Annual administration report of the Civil Veterinary Department of India - 1895-1896
Year: 1895
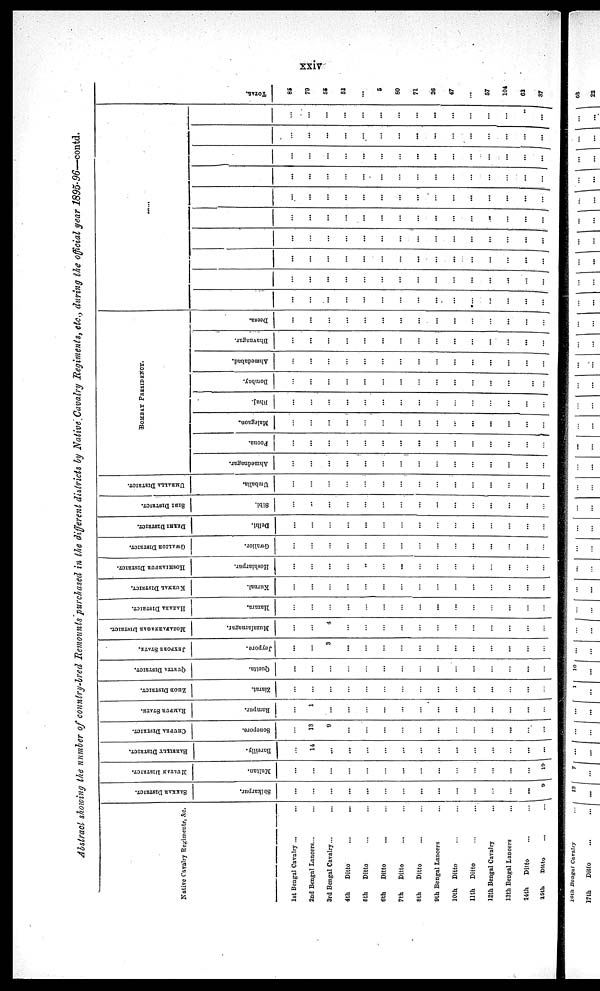
xxiv
Abstract showing the number of country-bred Remounts purchased in the different districts by Native Cavalry Regiments, etc., during the official year 1895-96—contd.
Native Cavalry Regimente, &c.
1st Bengal Cavalry ... ...
2nd Bengal Lancers... ...
3rd Bengal Cavalry... ...
4th
Ditto ... ...
5th
Ditto ... ...
6th
Ditto ... ...
7th
Ditto ... ...
8th
Ditto ... ...
9th Bengal Lancers ...
10th Ditto ... ...
11th Ditto ... ...
12th Bengal Cavalry ...
13th Bengal Lancers ...
14th
Ditto ... ...
15th
Ditto ... ...
SAKKAR
DISTRICT.
Shikarpur.
...
...
...
...
...
...
...
...
...
...
...
...
...
...
9
MULTAN DISTRICT.
Multan.
...
...
...
...
...
...
...
...
...
...
...
...
...
...
19
BAREILLY DISTRICT.
Bareilly.
...
14
...
...
...
...
...
...
...
...
...
...
...
...
...
CHAUPRA DISTRICT.
Sonepore.
...
13
9
...
...
...
...
...
...
...
...
...
...
...
...
RAMPUR
STATE.
Rampur.
...
1
...
...
...
...
...
...
...
...
...
...
...
...
...
ZHOB DISTRICT.
Ziarat.
...
...
...
...
...
...
...
...
...
...
......
...
...
...
...
QUETTA DISTRICT.
Quetta.
...
...
...
...
...
...
...
...
...
...
...
...
...
...
...
JOYPORE STATE
Jeypore.
...
...
3
...
...
...
...
...
...
...
...
...
...
...
...
MOZAFARNAGAR DISTRICT.
Muzafarnagar.
...
...
4
...
...
...
...
...
...
...
...
...
...
...
...
HAZARA DISTRICT.
Hazara.
...
...
...
...
...
...
...
...
...
...
...
...
...
...
...
KURNAL
DISTRICT.
Kurnal.
...
...
...
...
...
...
...
...
...
...
...
...
...
...
...
HOSHIIARPUR
DISTRICT.
Hoshiarpur.
...
...
...
...
...
...
...
...
...
...
...
...
...
...
...
GWALIOR
DISTRICT.
Gwalior.
...
...
...
...
...
...
...
...
...
...
...
...
...
...
...
DELHI DISTRICT.
Delhi.
......
...
...
...
...
...
...
...
...
...
...
...
...
...
...
SIBI DISTRICT.
Sibi.
...
...
...
...
...
...
...
...
...
...
...
...
...
...
...
UMBALLA DISTRICT.
Umballa.
...
...
...
...
...
...
...
...
...
...
...
...
...
...
...
Ahmednagar.
...
...
...
...
...
...
...
...
...
...
...
...
...
...
...
Poona.
...
...
...
...
...
...
...
...
...
...
...
...
...
...
...
BOMBAY PRESIDENCY.
Malegaon.
...
...
...
...
...
...
...
...
...
...
...
...
...
...
...
Bhuj.
...
...
...
...
...
...
...
...
...
...
...
...
...
...
......
Bombay.
...
...
...
...
...
...
...
...
...
...
...
...
...
...
...
Ahmedabad.
...
...
...
...
...
...
...
...
...
...
...
...
...
...
...
Bhavnagar.
...
...
...
...
...
...
...
...
...
...
...
...
...
...
...
Deesa.
...
...
...
...
...
...
...
...
...
...
...
...
...
...
...
...
...
...
...
...
...
...
...
...
...
......
...
...
...
...
...
...
...
...
...
...
...
...
...
...
...
...
...
...
...
...
...
...
...
...
...
...
...
...
...
...
...
...
...
...
...
...
...
...
...
...
...
...
...
...
...
...
...
...
...
...
...
...
...
...
...
...
...
...
...
...
...
...
...
...
...
...
...
...
...
...
...
...
...
...
...
...
...
...
...
...
...
...
...
...
...
...
...
...
...
...
...
...
...
...
...
...
...
...
...
...
...
...
...
...
...
...
...
...
...
...
...
...
...
...
...
...
...
...
...
...
...
...
...
...
...
...
...
...
...
...
...
...
...
...
...
...
...
...
...
TOTAL.
85
79
55
52
...
5
80
71
26
47
...
57
104
62
37